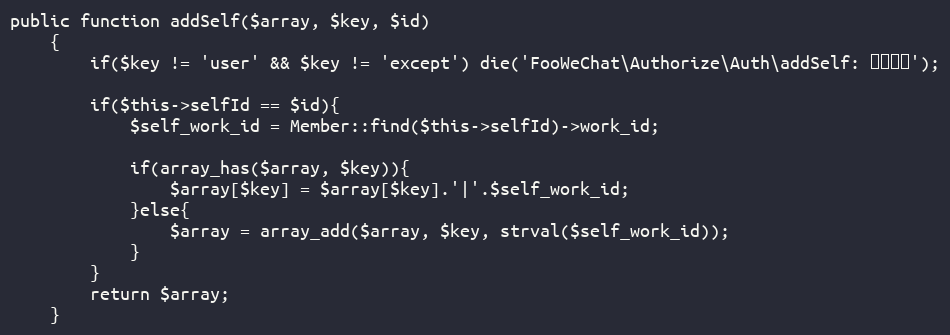
Language: PHP
public function addSelf($array, $key, $id)
	{
		if($key != 'user' && $key != 'except') die('FooWeChat\Authorize\Auth\addSelf: 错误键名');

		if($this->selfId == $id){
			$self_work_id = Member::find($this->selfId)->work_id;

			if(array_has($array, $key)){
				$array[$key] = $array[$key].'|'.$self_work_id;
			}else{
				$array = array_add($array, $key, strval($self_work_id));
			}
		}
		return $array;
	}